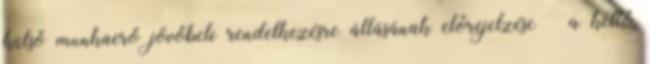
külső munkaerő jövőbeli rendelkezésre állásának előrejelzése ◦ a kettő